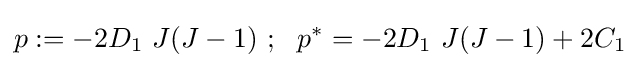
p:=-2D_{1}~J(J-1)~;~~p^{*}=-2D_{1}~J(J-1)+2C_{1}